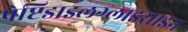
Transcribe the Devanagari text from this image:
पेप्टिडाइलग्लाइसाइन